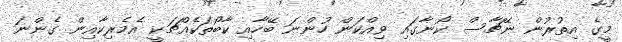
މީގެ އިތުރުން ނޭޗާސް ކޯނާގައި ވިއްކަން ހުންނަ ބޭހާއި ކާބޯތަކެއްޗަކީ އެމެރިކާއިން ގެންނަ